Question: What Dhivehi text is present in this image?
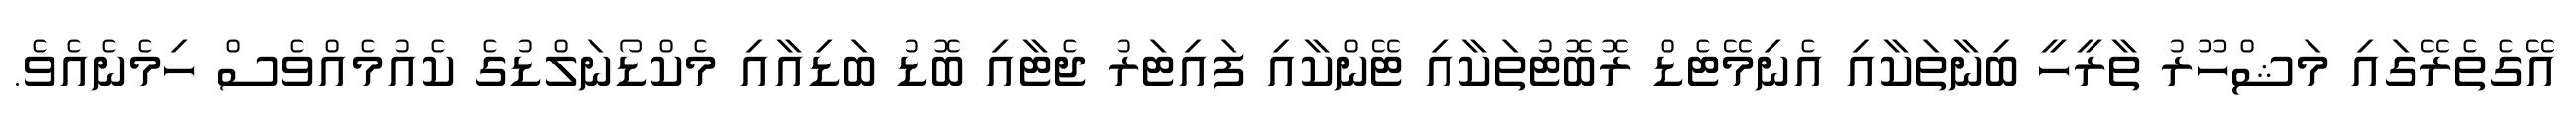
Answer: އޭގެތެރޭގައި މަޝްހޫރު ތާރީހީ ބިނާތަކާއި އެނިމޭޓެޑް ރޮބޮޓުތަކާއި ޓޭންކާއި ފައިޓަރު ޖެޓާއި ބޮޑު ބަޑިއާއި މެކްޑޯނަލްޑުގެ ކެއުމެއްވެސް ހިމެނެއެވެ.